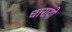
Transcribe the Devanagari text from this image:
धारायो